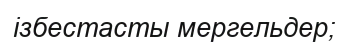
ізбестасты мергельдер;